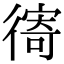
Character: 𢕗